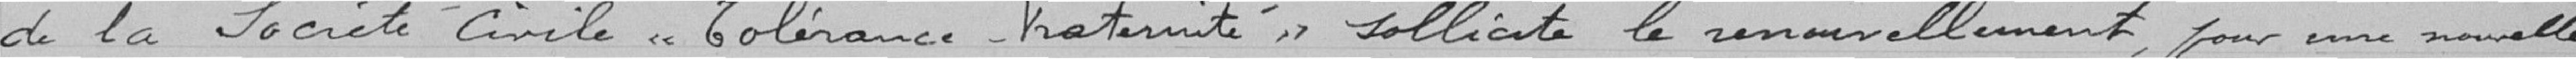
de la Société Civile « Tolérance Fraternité » sollicite le renouvellement, pour une nouvelle